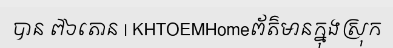
បាន ៧៦តោន | KHTOEMHomeព័ត៌មានក្នុងស្រុក